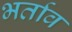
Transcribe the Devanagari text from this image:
भर्ताव